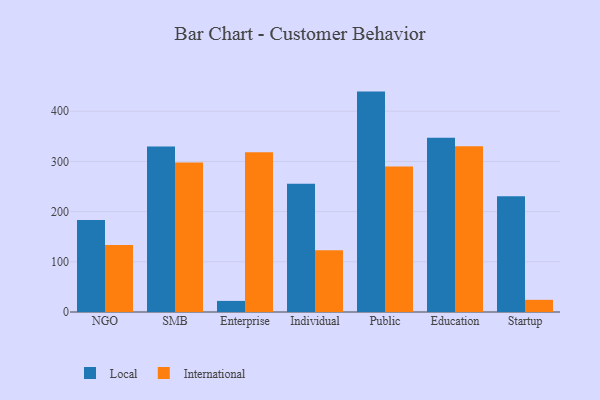
{"axis": {"x": "Segment", "y": "Website Visitors"}, "legend": ["International", "Local"], "data": [{"x": "NGO", "y": 183.5, "type": "Local"}, {"x": "NGO", "y": 133.6, "type": "International"}, {"x": "SMB", "y": 329.6, "type": "Local"}, {"x": "SMB", "y": 297.7, "type": "International"}, {"x": "Enterprise", "y": 22.1, "type": "Local"}, {"x": "Enterprise", "y": 318.5, "type": "International"}, {"x": "Individual", "y": 255.4, "type": "Local"}, {"x": "Individual", "y": 122.8, "type": "International"}, {"x": "Public", "y": 439.1, "type": "Local"}, {"x": "Public", "y": 290.0, "type": "International"}, {"x": "Education", "y": 347.2, "type": "Local"}, {"x": "Education", "y": 330.1, "type": "International"}, {"x": "Startup", "y": 230.7, "type": "Local"}, {"x": "Startup", "y": 24.2, "type": "International"}]}